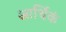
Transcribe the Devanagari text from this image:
आर्थिकं